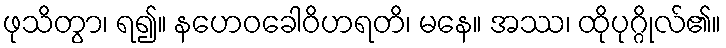
ဖုသိတွာ၊ ရ၍။ နဟေဝခေါဝိဟရတိ၊ မနေ။ အဿ၊ ထိုပုဂ္ဂိုလ်၏။